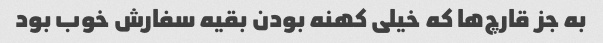
به جز قارچ‌ها که خیلی کهنه بودن بقیه سفارش خوب بود